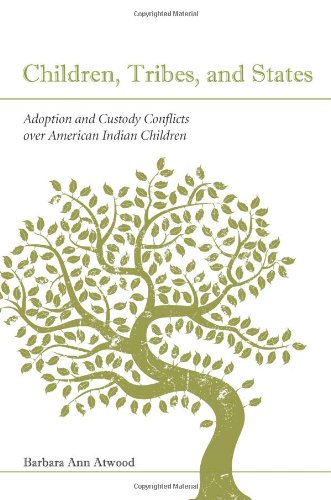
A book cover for Children, Tribes, and States: Adoption and Custody Conflicts Over American Indian Children; Barbara Ann Atwood; Law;